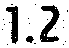
1.2